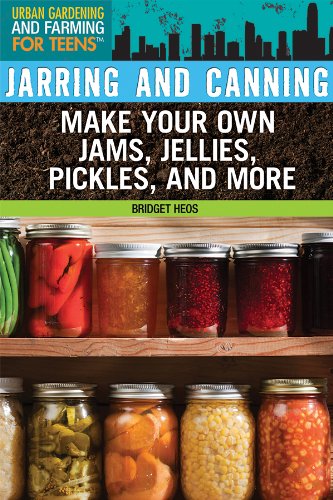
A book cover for Jarring and Canning: Make Your Own Jams, Jellies, Pickles, and More (Urban Gardening and Farming for Teens); Bridget Heos; Teen & Young Adult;